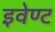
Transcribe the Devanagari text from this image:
इवेण्ट